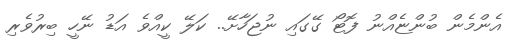
އެންމެން ބުންޏެއްނު ފޮޓޯ ގޭގައި ނުޖަހާށޭ.. ކަލޭ ކީއްވެ އަޑު ނޭހީ ބިރުވެރި